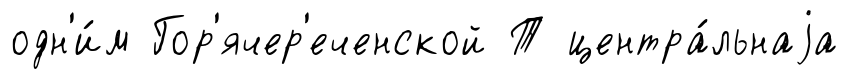
одн'и́м Гор'ячер'еченской Т центра́льнаjа